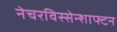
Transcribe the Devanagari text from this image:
नेचरविस्सेन्शाफ्टन